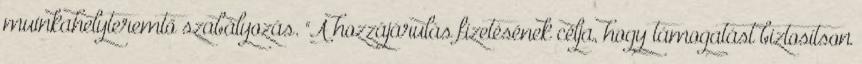
muinkahelyteremtő szabályozás. "A hozzájárulás fizetésének célja, hogy támogatást biztosítson